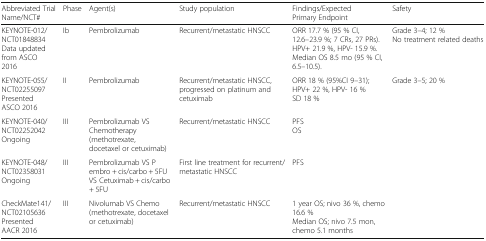
| Abbreviated Trial Name/NCT# | Phase | Agent(s) | Study population | Findings/Expected Primary Endpoint | Safety |
 | --- | --- | --- | --- | --- | --- |
 | KEYNOTE-012/NCT01848834 Data updated from ASCO 2016 | Ib | Pembrolizumab | Recurrent/metastatic HNSCC | ORR 17.7 % (95 % CI, 12.6–23.9 %; 7 CRs, 27 PRs).HPV+ 21.9 %, HPV- 15.9 %.Median OS 8.5 mo (95 % CI, 6.5–10.5). | Grade 3–4; 12 %No treatment related deaths |
 | KEYNOTE-055/NCT02255097 Presented ASCO 2016 | II | Pembrolizumab | Recurrent/metastatic HNSCC, progressed on platinum and cetuximab | ORR 18 % (95%CI 9–31); HPV+ 22 %, HPV- 16 %SD 18 % | Grade 3–5; 20 % |
 | KEYNOTE-040/NCT02252042 Ongoing | III | Pembrolizumab VS Chemotherapy (methotrexate, docetaxel or cetuximab) | Recurrent/metastatic HNSCC | PFSOS |  |
 | KEYNOTE-048/NCT02358031 Ongoing | III | Pembrolizumab VS Pembro + cis/carbo + 5FU VS Cetuximab + cis/carbo + 5FU | First line treatment for recurrent/metastatic HNSCC | PFS |  |
 | CheckMate141/NCT02105636 Presented AACR 2016 | III | Nivolumab VS Chemo (methotrexate, docetaxel or cetuximab) | Recurrent/metastatic HNSCC | 1 year OS; nivo 36 %, chemo 16.6 %Median OS; nivo 7.5 mon, chemo 5.1 months |  |